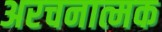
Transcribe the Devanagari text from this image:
अरचनात्मक